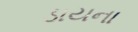
ડાયના